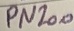
Text: PN200